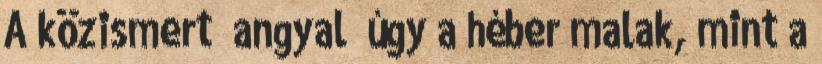
A közismert ‘angyal’ úgy a héber malak, mint a